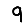
Digit: 9